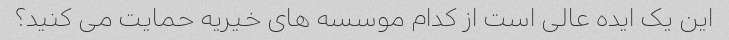
این یک ایده عالی است از کدام موسسه های خیریه حمایت می کنید؟